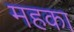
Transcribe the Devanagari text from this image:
महका